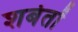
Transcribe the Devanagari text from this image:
शर्बतों